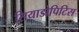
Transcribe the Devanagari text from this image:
सियाडोपिटिस